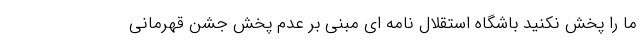
ما را پخش نکنید باشگاه استقلال نامه ای مبنی بر عدم پخش جشن قهرمانی